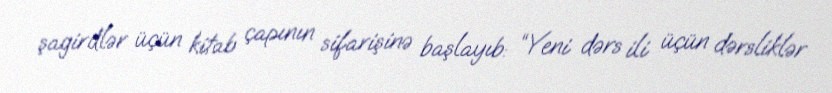
şagirdlər üçün kitab çapının sifarişinə başlayıb: “Yeni dərs ili üçün dərsliklər